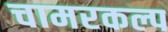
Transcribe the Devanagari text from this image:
चामरकल्प